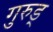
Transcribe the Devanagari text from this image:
गुरुड्